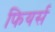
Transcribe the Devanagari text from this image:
फियर्स